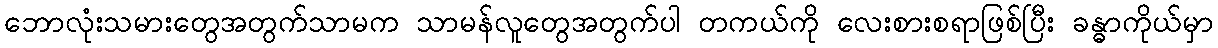
ဘောလုံးသမားတွေအတွက်သာမက သာမန်လူတွေအတွက်ပါ တကယ်ကို လေးစားစရာဖြစ်ပြီး ခန္ဓာကိုယ်မှာ